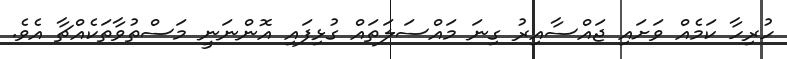
ހުރިހާ ކަމެއް ވަށައި ޖައްސާއިރު ގިނަ މައްސަލަތައް ގުޅިފައި އޮންނަނީ މަސްތުވާތަކެއްޗާ އެވެ.